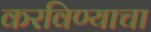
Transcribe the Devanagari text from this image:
करविण्याचा